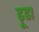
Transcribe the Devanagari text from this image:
ढ़ूढा